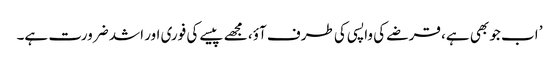
’ اب جو بھی ہے، قرضے کی واپسی کی طرف آؤ، مجھے پیسے کی فوری اور اشد ضرورت ہے۔